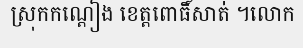
ស្រុកកណ្តៀង ខេត្តពោធិ៍សាត់ ។លោក